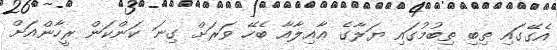
އެގޭގައި ތިބި ތިބުމުގައި ޔަލާގެ ޢާއިލާއާ ބެހޭ ވަރަށް ގިނަ ކަންކަން ރީހާންއަށް